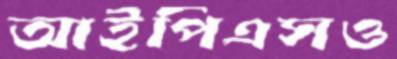
আইপিএসও